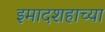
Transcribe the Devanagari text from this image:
इमादशहाच्या